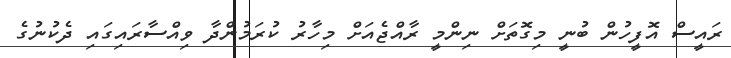
ރައީސް އޮފީހުން ބުނީ މިގޮތަށް ނިންމީ ރާއްޖެއަށް މިހާރު ކުރަމުންދާ ވިއްސާރައިގައި ދެކުނުގެ